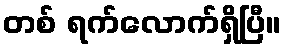
တစ် ရက်လောက်ရှိပြီ။